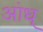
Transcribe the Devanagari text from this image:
आंध्